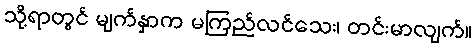
သို့ရာတွင် မျက်နှာက မကြည်လင်သေး၊ တင်းမာလျက်။